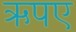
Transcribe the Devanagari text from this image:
ऋपए